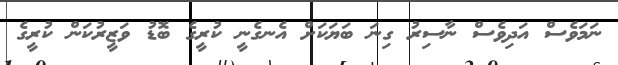
ނަމަވެސް އަދިވެސް ނާސިރު ގިނަ ބަޔަކަށް އެނގެނީ ކުރީގެ ބޮޑު ވަޒީރުކަން ކުރީގެ